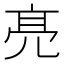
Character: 𠅙